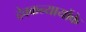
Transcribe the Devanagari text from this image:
देवकन्यायोंके